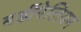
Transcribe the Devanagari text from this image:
बर्डीगेलियन